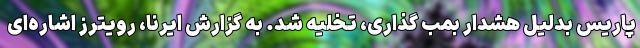
پاریس بدلیل هشدار بمب گذاری، تخلیه شد. به گزارش ایرنا، رویترز اشاره‌ای